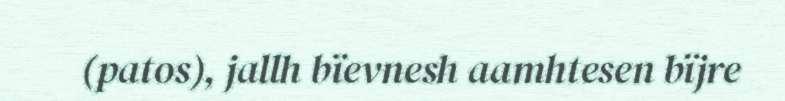
(patos), jallh bïevnesh aamhtesen bïjre